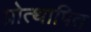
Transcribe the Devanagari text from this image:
प्रोत्थापित